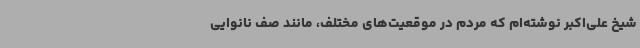
شیخ علی‌اکبر نوشته‌ام که مردم در موقعیت‌های مختلف، مانند صف نانوایی